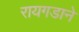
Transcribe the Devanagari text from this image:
रायगडाने